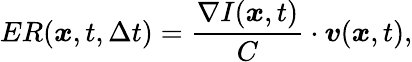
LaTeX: ER(\boldsymbol{x},t,\Delta t)=\frac{\nabla I(\boldsymbol{x},t)}{C}\cdot\boldsymbol{v}(\boldsymbol{x},t),